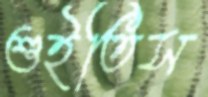
শুইতিস